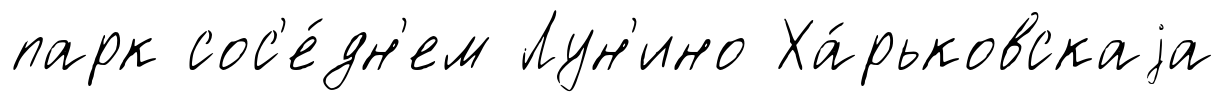
парк сос'е́дн'ем Лун'ино Ха́рьковскаjа